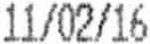
11/02/16